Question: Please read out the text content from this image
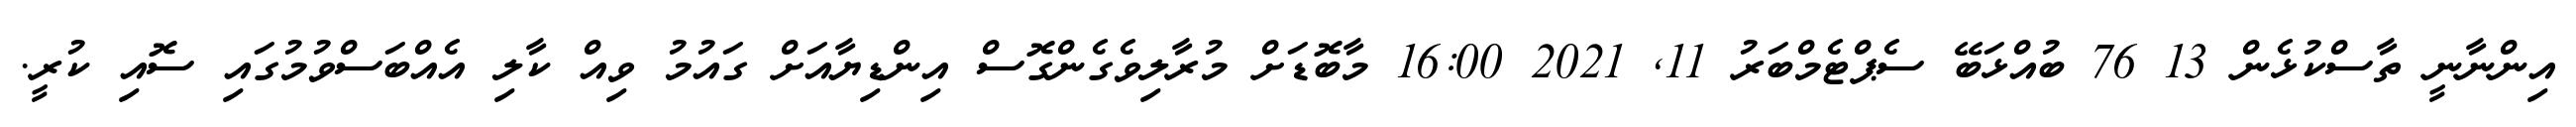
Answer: އިންނާނީ ތާސްކުޅެން 13 76 ބުއްޅަބޭ ސެޕްޓެމްބަރު 11, 2021 16:00 މާބޮޑަށް މުރާލިވެގެންގޮސް އިންޑިޔާއަށް ގައުމު ވިއް ކާލި އެއްބަސްވުމުގައި ސޮއި ކުރީ.